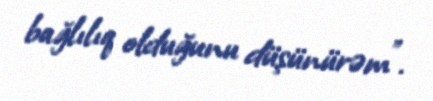
bağlılıq olduğunu düşünürəm”.